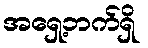
အရှေ့ဘက်ရှိ